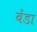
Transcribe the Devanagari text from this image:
बेंडा